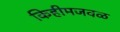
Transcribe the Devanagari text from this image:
किहीमजवळ